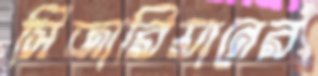
সিজারিয়ানের